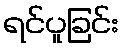
ရင်ပူခြင်း